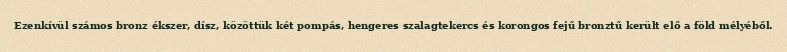
Ezenkívül számos bronz ékszer, dísz, közöttük két pompás, hengeres szalagtekercs és korongos fejű bronztű került elő a föld mélyéből.